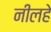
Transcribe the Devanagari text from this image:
नीलहे